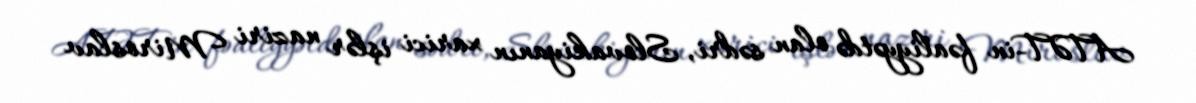
ATƏT-in fəaliyyətdə olan sədri, Slovakiyanın xarici işlər naziri Miroslav